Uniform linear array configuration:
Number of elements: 12
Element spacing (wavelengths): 0.5
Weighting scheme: cosine
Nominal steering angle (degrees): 15
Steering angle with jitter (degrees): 13.877
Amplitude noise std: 0.05
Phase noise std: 0.05

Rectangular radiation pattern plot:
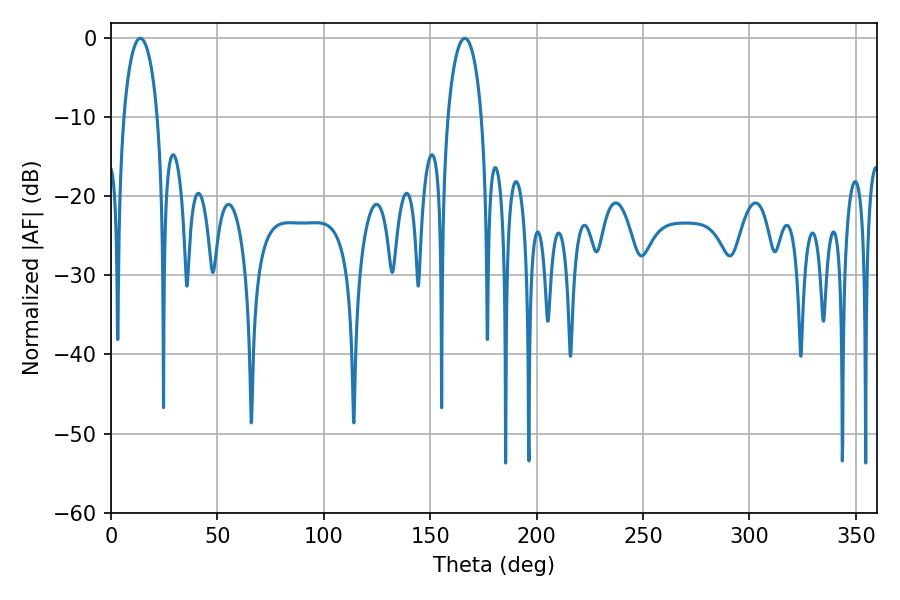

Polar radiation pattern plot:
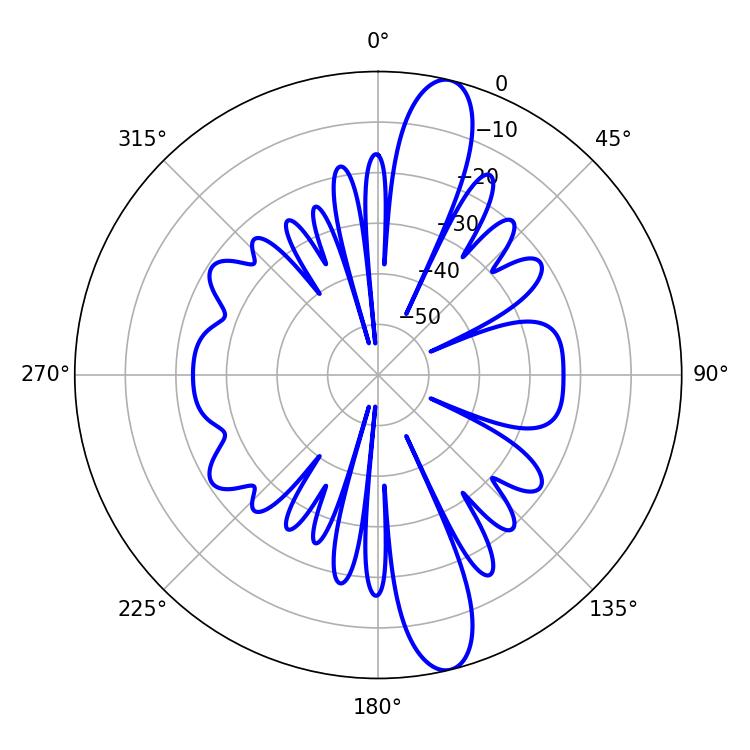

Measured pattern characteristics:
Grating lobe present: FALSE
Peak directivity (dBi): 13.922
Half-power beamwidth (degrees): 9.18
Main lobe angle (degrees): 13.68